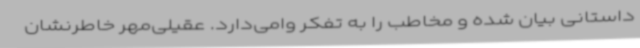
داستانی بیان شده و مخاطب را به تفکر وامی‌دارد. عقیلی‌مهر خاطرنشان